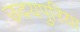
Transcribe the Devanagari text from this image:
उदयपुरिया